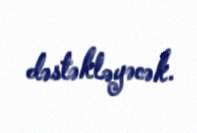
dəstəkləyəcək.